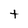
Character: t